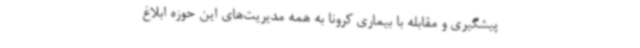
پیشگیری و مقابله با بیماری کرونا به همه مدیریت‌های این حوزه ابلاغ